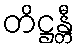
တိဋ္ဌန္တီ